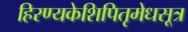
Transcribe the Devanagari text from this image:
हिरण्यकेशिपितृमेधसूत्र